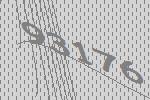
93176